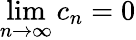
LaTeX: \operatorname*{lim}_{n\to\infty}c_{n}=0